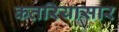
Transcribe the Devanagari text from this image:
कतरियासार